Annual statistical returns and brief notes on vaccination in Bengal - 1909-1929
Year: 1909
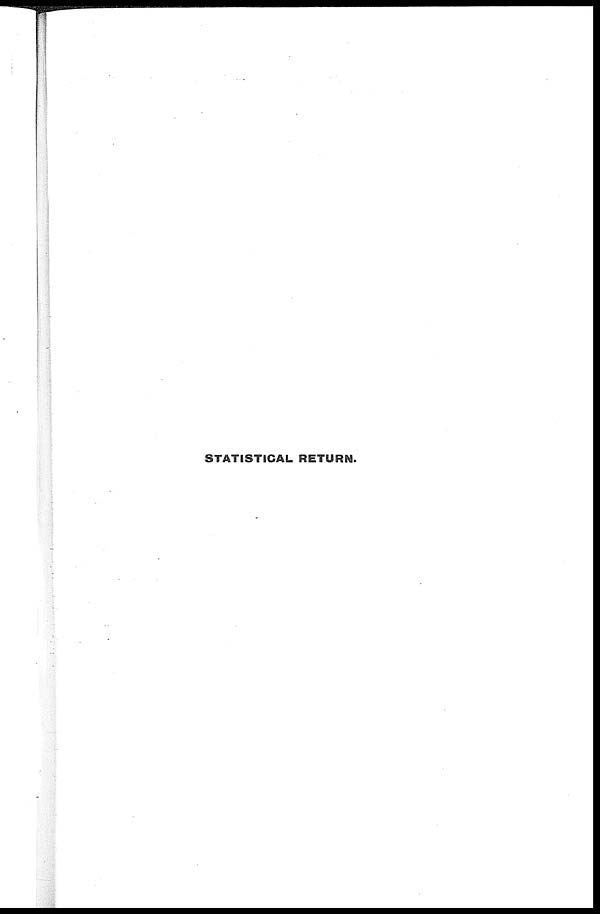
STATISTICAL RETURN.